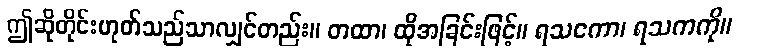
ဤဆိုတိုင်းဟုတ်သည်သာလျှင်တည်း။ တထာ၊ ထိုအခြင်းဖြင့်။ ရသကော၊ ရသကကို။